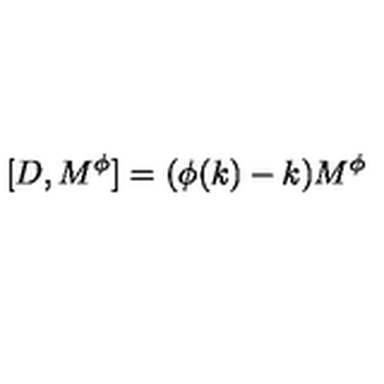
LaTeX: \lbrack D , M ^ { \phi } ] = ( \phi ( k ) - k ) M ^ { \phi }